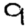
Digit: 9